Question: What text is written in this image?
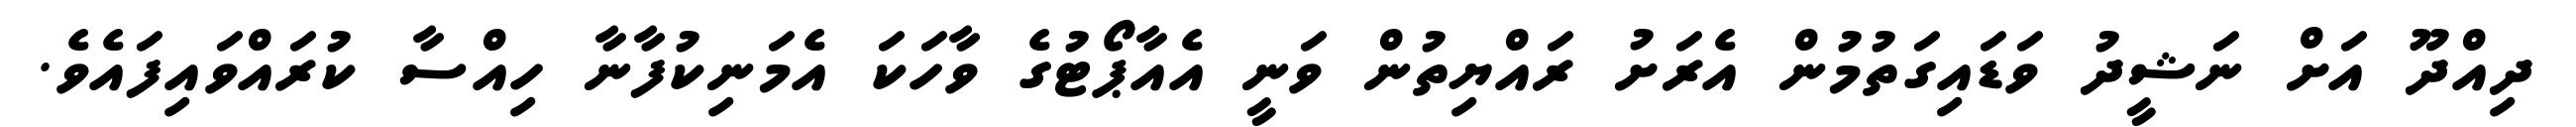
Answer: ދިއްދޫ އަށް ނަޝީދު ވަޑައިގަތުމުން އެރަށު ރައްޔިތުން ވަނީ އެއާޕޯޓުގެ ވާހަކަ އެމަނިކުފާނާ ހިއްސާ ކުރައްވައިފައެވެ.